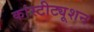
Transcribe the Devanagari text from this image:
कांस्टीट्यूशन